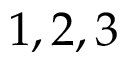
1 , 2 , 3